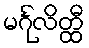
မင်္ဂုလိတ္ထီ